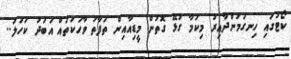
ކޯޓުގައި ހިނގަމުންދާއިރު މިކަމާ ގުޅޭ ގޮތުން މީޑިއާއިން ތަފާތު ވާހަކަތައް އަބަދު ކަހަލަ..